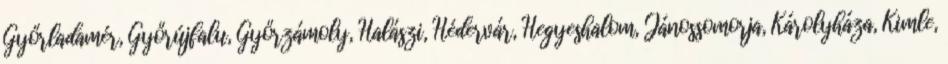
Győrladamér, Győrújfalu, Győrzámoly, Halászi, Hédervár, Hegyeshalom, Jánossomorja, Károlyháza, Kimle,